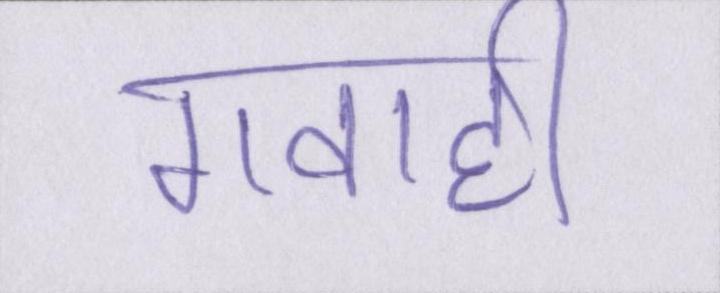
गवाही